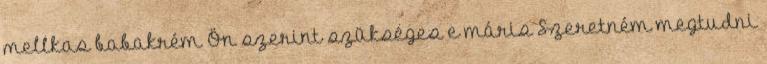
mellkas babakrém Ön szerint szükséges e máris Szeretném megtudni